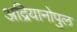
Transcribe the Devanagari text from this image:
अद्रियानोपुल